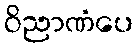
ဝိညာဏံပေ